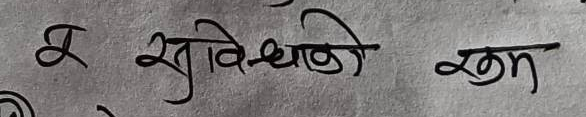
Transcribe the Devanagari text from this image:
ख सुविधाको खम